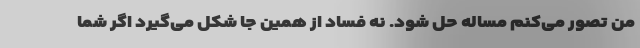
من تصور می‌کنم مساله حل شود. نه فساد از همین‌ جا شکل می‌گیرد اگر شما